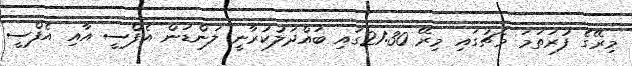
މިރޭގެ ފުރަތަމަ މެޗުގައި މިރޭ 21:30ގައި ބައްދަލުކުރާނީ ލަންޑަން އެފްސީ އާއި އެފްސީ